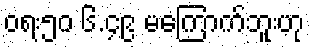
ဝရး၅၀ ၆.၄၉ မကြောက်ဘူးဟု